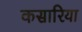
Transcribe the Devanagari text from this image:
कसारिया